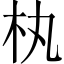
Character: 𣏒